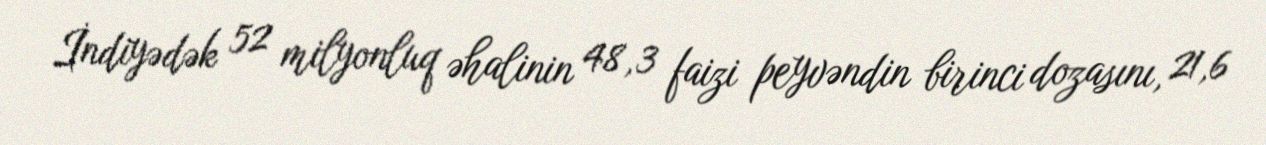
İndiyədək 52 milyonluq əhalinin 48,3 faizi peyvəndin birinci dozasını, 21,6